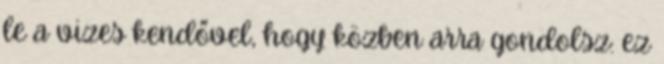
le a vizes kendővel, hogy közben arra gondolsz: ez